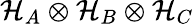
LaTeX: {\mathcal{H}}_{A}\otimes{\mathcal{H}}_{B}\otimes{\mathcal{H}}_{C}